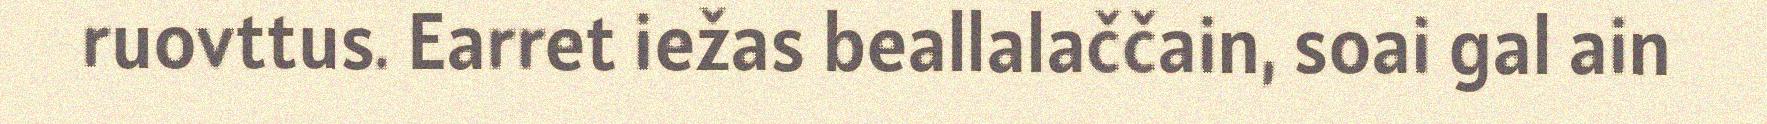
ruovttus. Earret iežas beallalaččain, soai gal ain